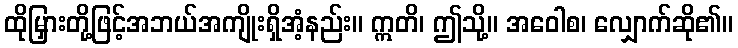
ထိုမြှားတို့ဖြင့်အဘယ်အကျိုးရှိအံ့နည်း။ ဣတိ၊ ဤသို့။ အဝေါစ၊ လျှောက်ဆို၏။